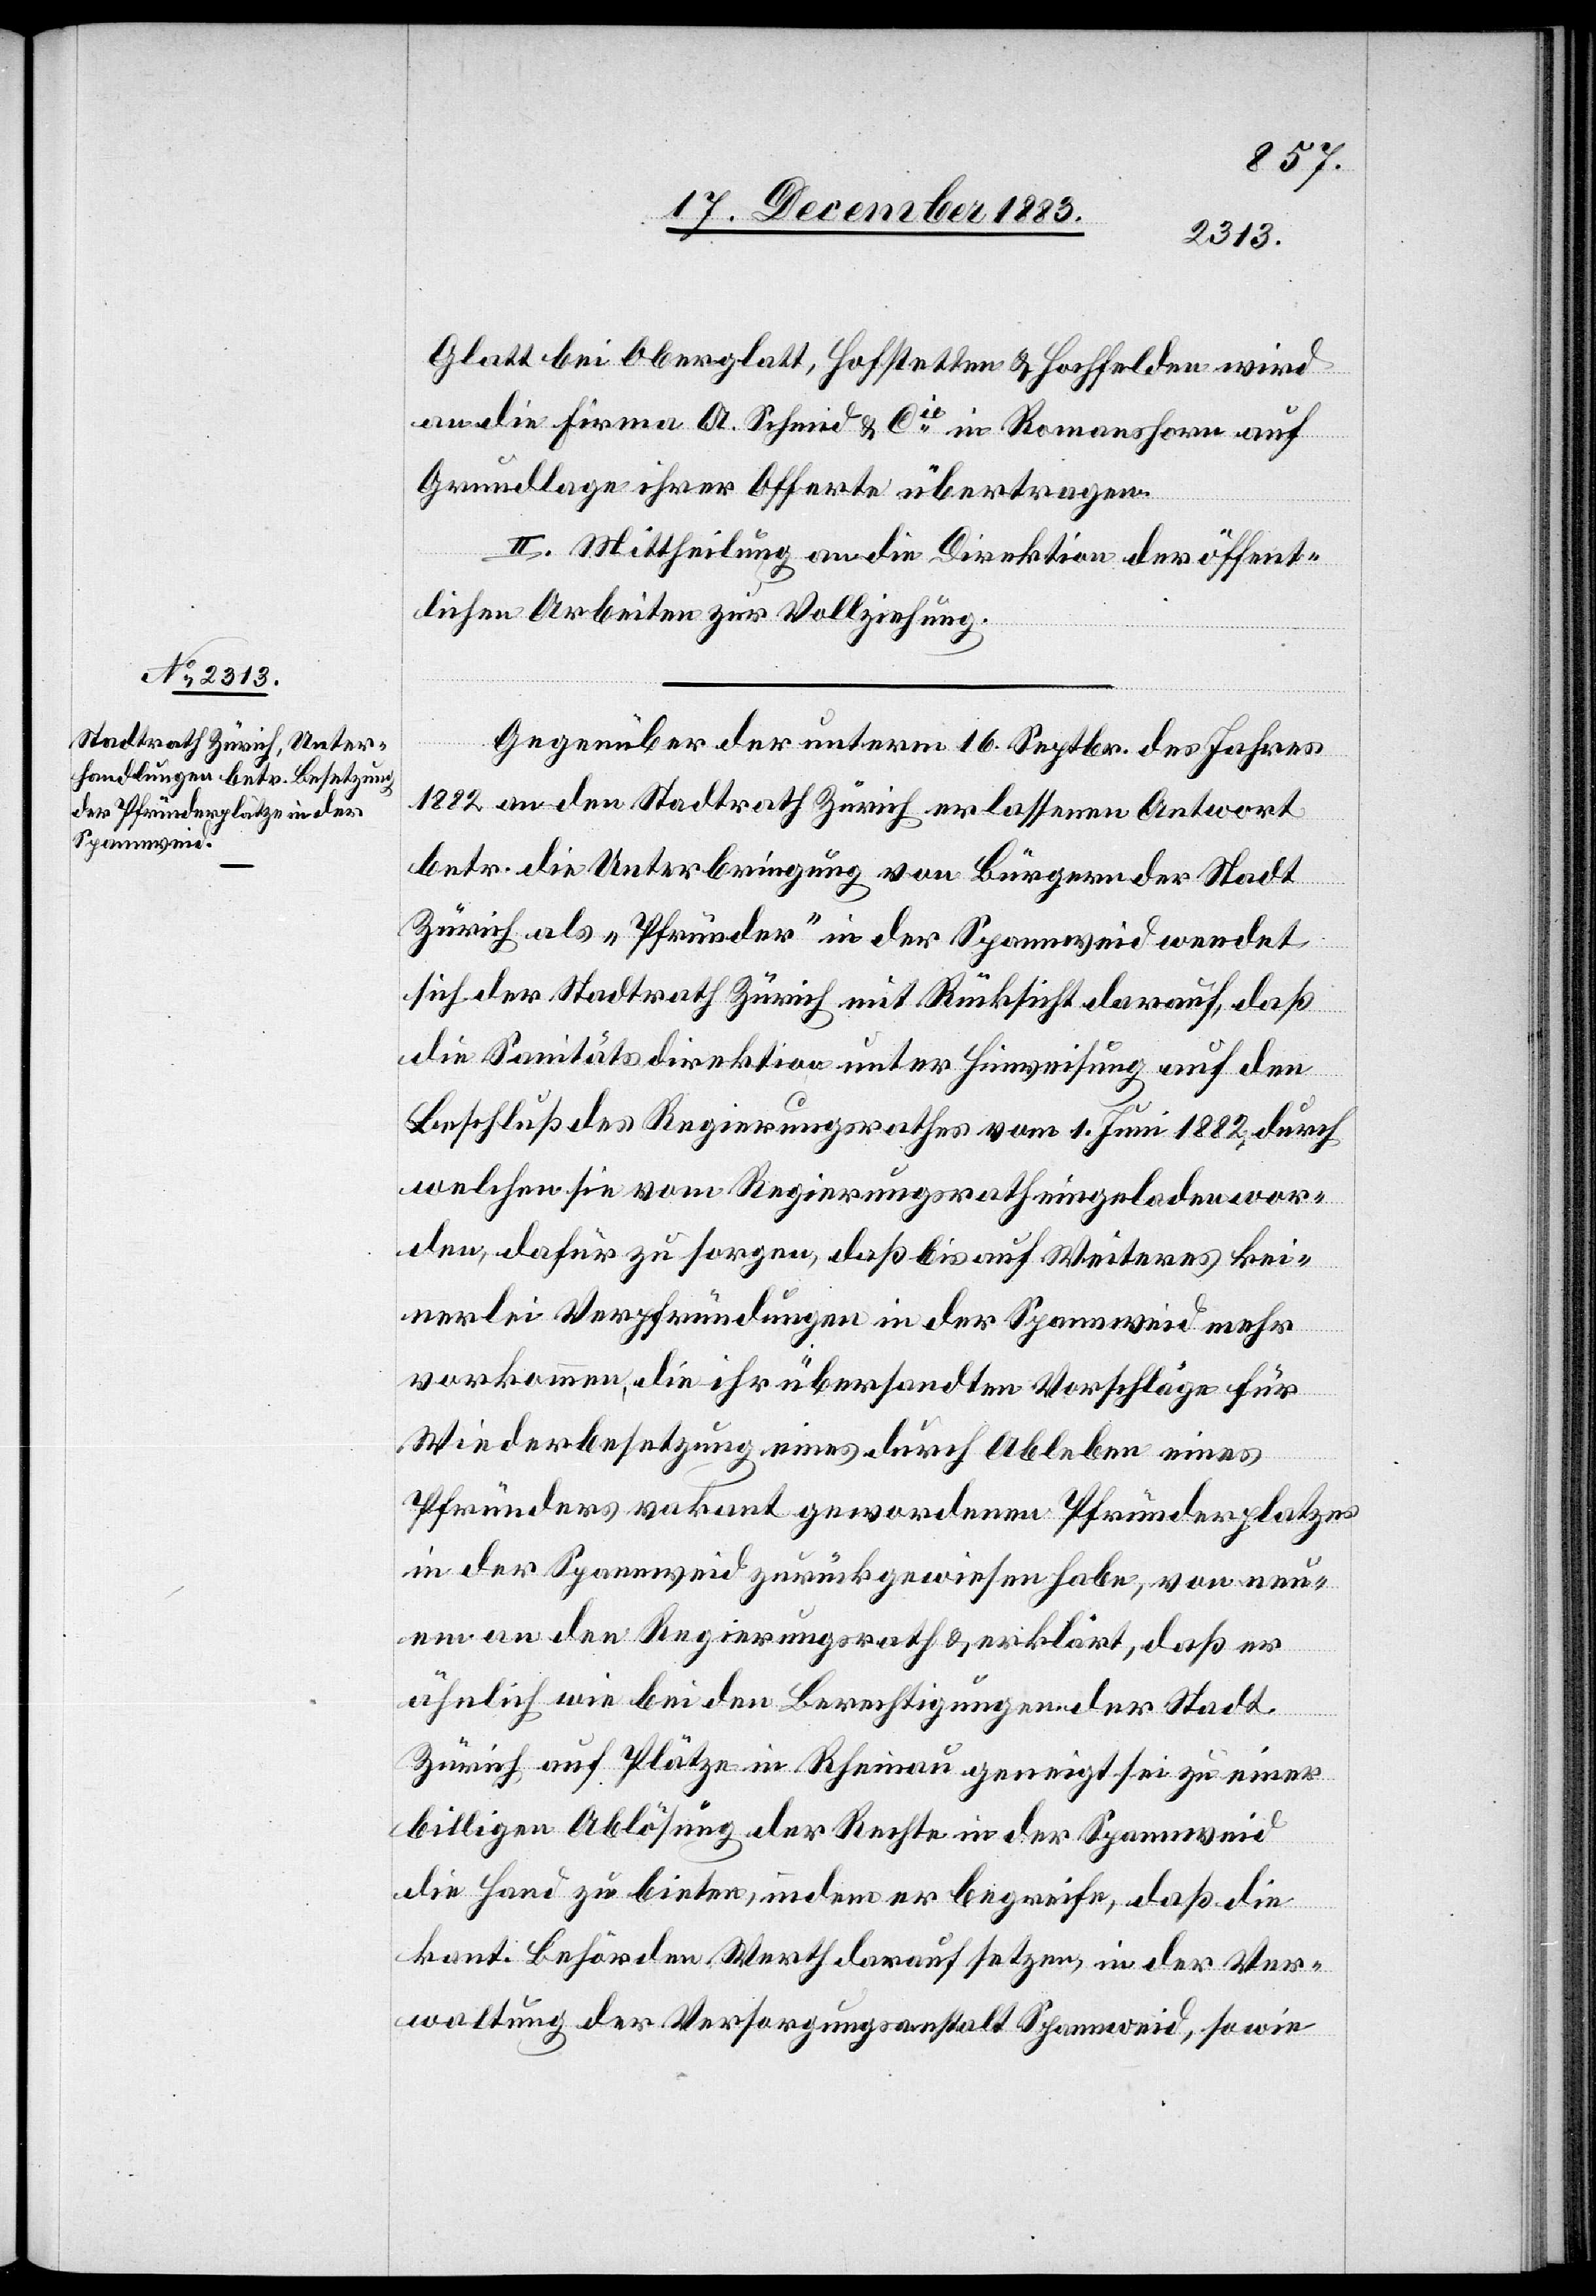
Glatt bei Oberglatt, Hofstetten & Hochfelden wird
an die Firma A. Schmid & Cie in Romanshorn auf
Grundlage ihrer Offerte übertragen.
II. Mittheilung an die Direktion der öffent¬
lichen Arbeiten zur Vollziehung.
Gegenüber der unterm 16. Septbr. des Jahres
1822 an den Stadtrath Zürich erlassenen Antwort
betr. die Unterbringung von Bürgern der Stadt
Zürich als „Pfründer“ in der Spannweid wendet
sich der Stadtrath Zürich mit Rücksicht darauf, daß
die Sanitätsdirektion unter Hinweisung auf den
Beschluß des Regierungsrathes vom 1. Juni 1882, durch
welchen sie vom Regierungsrath eingeladen wor¬
den, dafür zu sorgen, daß bis auf Weiteres kei¬
nerlei Verpfründungen in der Spannweid mehr
vorkommen, die ihr übersandten Vorschläge für
Wiederbesetzung eines durch Ableben eines
Pfründers vakant gewordenen Pfründerplatzes
in der Spannweid zurückgewiesen habe, von neu¬
em an den Regierungsrath & erklärt, daß er
ähnlich wie bei den Berechtigungen der Stadt
Zürich auf Plätze in Rheinau geneigt sei zu einer
billigen Ablösung der Rechte in der Spannweid
die Hand zu bieten, indem er begreife, daß die
kant. Behörden Werth darauf setzen in der Ver¬
waltung der Versorgungsanstalt Spannweid, so wie